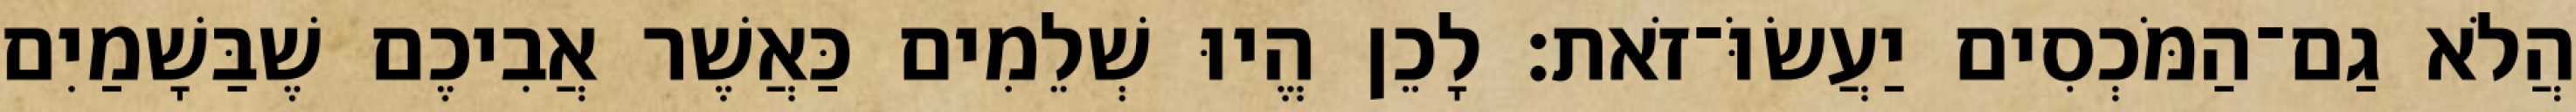
הֲלֹא גַם־הַמֹּכְסִים יַעֲשׂוֹּ־זֹאת׃ לָכֵן הֱיוּ שְׁלֵמִים כַּאֲשֶׁר אֲבִיכֶם שֶׁבַּשָׁמַיִם